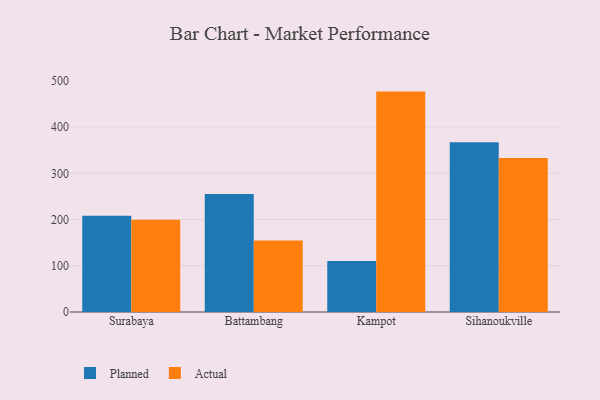
{"axis": {"x": "City", "y": "Backlog"}, "legend": ["Actual", "Planned"], "data": [{"x": "Surabaya", "y": 208.3, "type": "Planned"}, {"x": "Surabaya", "y": 199.6, "type": "Actual"}, {"x": "Battambang", "y": 255.0, "type": "Planned"}, {"x": "Battambang", "y": 154.7, "type": "Actual"}, {"x": "Kampot", "y": 110.2, "type": "Planned"}, {"x": "Kampot", "y": 476.7, "type": "Actual"}, {"x": "Sihanoukville", "y": 367.1, "type": "Planned"}, {"x": "Sihanoukville", "y": 333.0, "type": "Actual"}]}